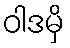
ဝါဒမှိ